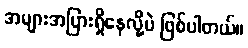
အများအပြားရှိနေလို့ပဲ ဖြစ်ပါတယ်။